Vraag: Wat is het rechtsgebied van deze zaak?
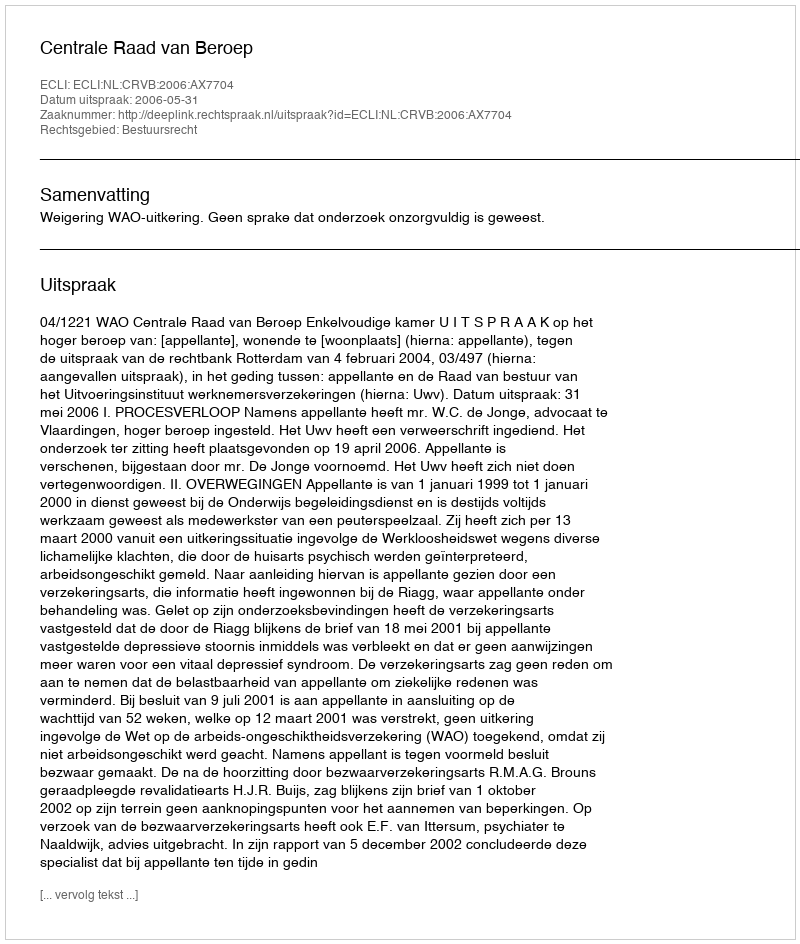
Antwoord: Bestuursrecht